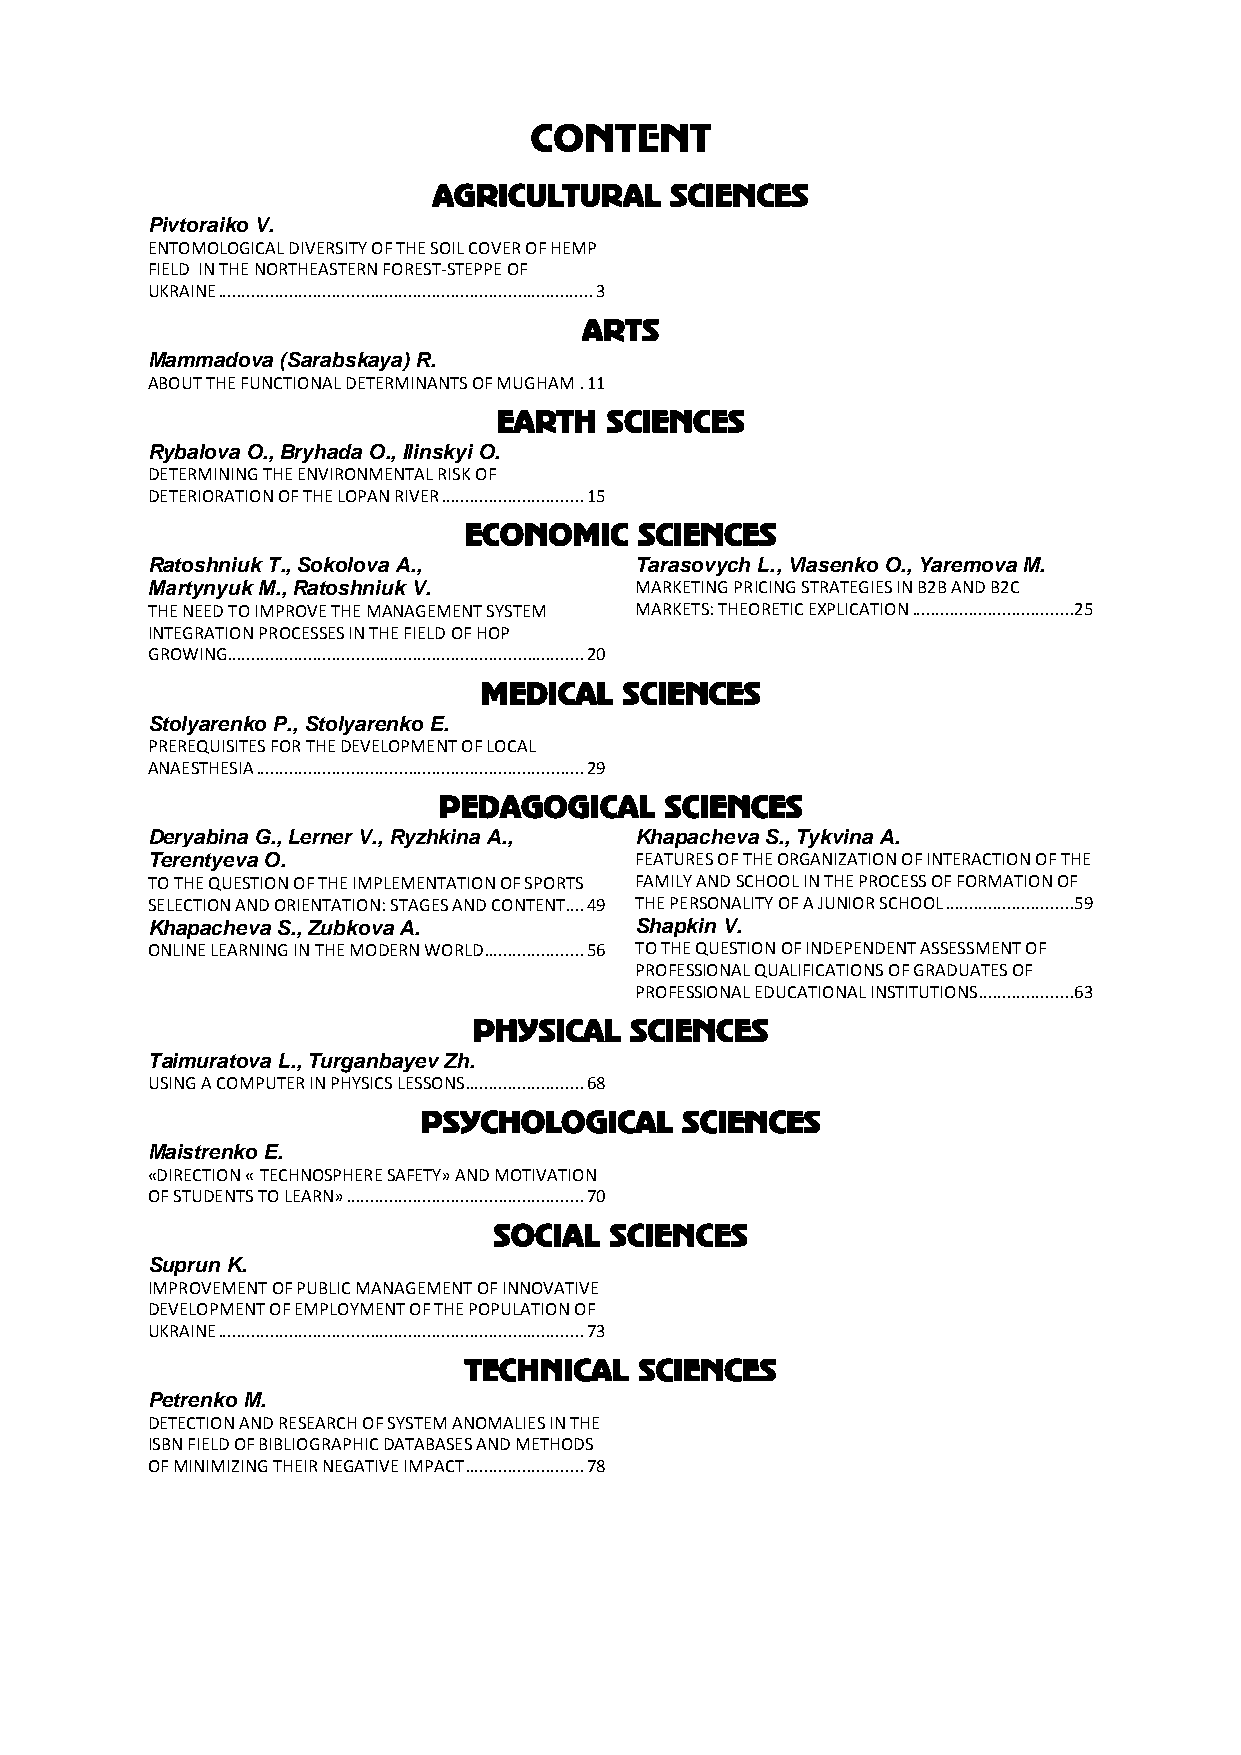
CONTENT
 AGRICULTURAL   SCIENCES
 Pivtoraiko V.
 ENTOMOLOGICAL DIVERSITY OF THE SOIL COVER OF HEMP
 FIELD IN THE NORTHEASTERN FOREST-STEPPE OF
 UKRAINE ............................................................................... 3
 ARTS
 Mammadova (Sarabskaya) R.
 ABOUT THE FUNCTIONAL DETERMINANTS OF MUGHAM . 11
 EARTH  SCIENCES
 Rybalova O., Bryhada O., Ilinskyi O.
 DETERMINING THE ENVIRONMENTAL RISK OF
 DETERIORATION OF THE LOPAN RIVER .............................. 15
 ECONOMIC   SCIENCES
 Ratoshniuk Т., Sokolova A.,     Tarasovych L., Vlasenko O., Yaremova M.
 Маrtynyuk М., Ratoshniuk V.     MARKETING PRICING STRATEGIES IN B2B AND B2C
 THE NEED TO IMPROVE THE MANAGEMENT SYSTEM MARKETS: THEORETIC EXPLICATION ..................................25
 INTEGRATION PROCESSES IN THE FIELD OF HOP
 GROWING ........................................................................... 20
 MEDICAL  SCIENCES
 Stolyarenko P., Stolyarenko E.
 PREREQUISITES FOR THE DEVELOPMENT OF LOCAL
 ANAESTHESIA ..................................................................... 29
 PEDAGOGICAL    SCIENCES
 Deryabina G., Lerner V., Ryzhkina A., Khapacheva S., Tykvina A.
 Terentyeva O.                   FEATURES OF THE ORGANIZATION OF INTERACTION OF THE
 TO THE QUESTION OF THE IMPLEMENTATION OF SPORTS FAMILY AND SCHOOL IN THE PROCESS OF FORMATION OF
 SELECTION AND ORIENTATION: STAGES AND CONTENT.... 49 THE PERSONALITY OF A JUNIOR SCHOOL ...........................59
 Khapacheva S., Zubkova A.       Shapkin V.
 ONLINE LEARNING IN THE MODERN WORLD ..................... 56 TO THE QUESTION OF INDEPENDENT ASSESSMENT OF
 PROFESSIONAL QUALIFICATIONS OF GRADUATES OF
 PROFESSIONAL EDUCATIONAL INSTITUTIONS ....................63
 PHYSICAL   SCIENCES
 Тaimuratova L., Turganbaуev Zh.
 USING A COMPUTER IN PHYSICS LESSONS ......................... 68
 PSYCHOLOGICAL    SCIENCES
 Maistrenko E.
 «DIRECTION « TECHNOSPHERE SAFETY» AND MOTIVATION
 OF STUDENTS TO LEARN» .................................................. 70
 SOCIAL SCIENCES
 Suprun K.
 IMPROVEMENT OF PUBLIC MANAGEMENT OF INNOVATIVE
 DEVELOPMENT OF EMPLOYMENT OF THE POPULATION OF
 UKRAINE ............................................................................. 73
 TECHNICAL  SCIENCES
 Petrenko M.
 DETECTION AND RESEARCH OF SYSTEM ANOMALIES IN THE
 ISBN FIELD OF BIBLIOGRAPHIC DATABASES AND METHODS
 OF MINIMIZING THEIR NEGATIVE IMPACT ......................... 78